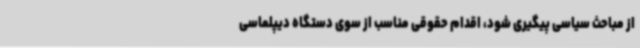
از مباحث سیاسی پیگیری شود، اقدام حقوقی مناسب از سوی دستگاه دیپلماسی